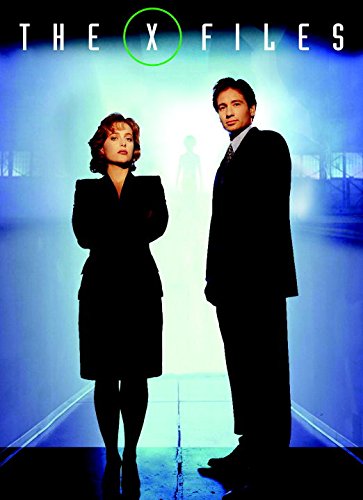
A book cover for The X-Files - Little Green Men: Monsters & Villains, The Official Collection Volume 2 (X-Files: the Official Collection); Titan; Humor & Entertainment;